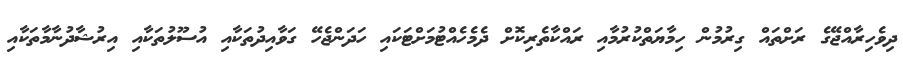
ދިވެހިރާއްޖޭގެ ރަށްތައް ގިރުމުން ހިމާޔަތްކުރުމާއި ރައްކާތެރިކޮށް ދެމެހެއްޓުމަށްޓަކައި ހަދަންޖެހޭ ގަވާއިދުތަކާއި އުސޫލުތަކާއި އިރުޝާދުނާމާތަކާއި